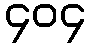
၄၀၄